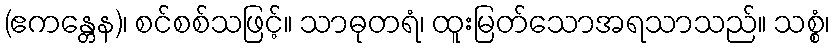
(ဧကန္တေန)၊ စင်စစ်သဖြင့်။ သာဓုတရံ၊ ထူးမြတ်သောအရသာသည်။ သစ္စံ၊